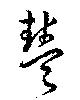
豊